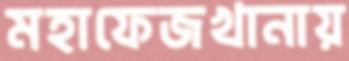
মহাফেজখানায়